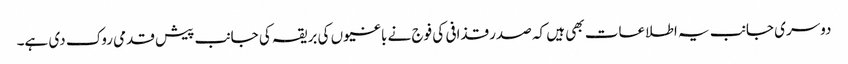
دوسری جانب یہ اطلاعات بھی ہیں کہ صدر قذافی کی فوج نے باغیوں کی بریقہ کی جانب پیش قدمی روک دی ہے۔